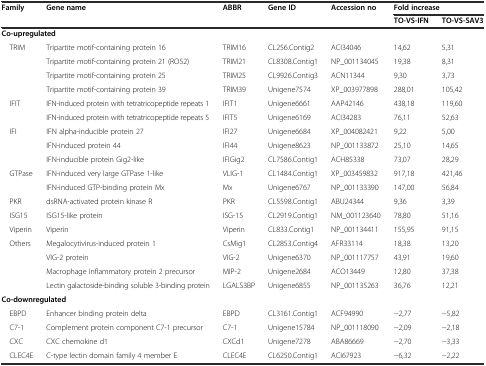
<table><thead><tr><td rowspan="2"><b>Family</b></td><td rowspan="2"><b>Gene name</b></td><td rowspan="2"><b>ABBR</b></td><td rowspan="2"><b>Gene ID</b></td><td rowspan="2"><b>Accession no</b></td><td colspan="2"><b>Fold increase</b></td></tr><tr><td><b>TO-VS-IFN</b></td><td><b>TO-VS-SAV3</b></td></tr></thead><tbody><tr><td colspan="2"><b>Co-upregulated</b></td><td></td><td></td><td></td><td></td><td></td></tr><tr><td> TRIM</td><td>Tripartite motif-containing protein 16</td><td>TRIM16</td><td>CL256.Contig2</td><td>ACI34046</td><td>14,62</td><td>5,31</td></tr><tr><td></td><td>Tripartite motif-containing protein 21 (RO52)</td><td>TRIM21</td><td>CL8308.Contig1</td><td>NP_001134045</td><td>19,38</td><td>8,31</td></tr><tr><td></td><td>Tripartite motif-containing protein 25</td><td>TRIM25</td><td>CL9926.Contig3</td><td>ACN11344</td><td>9,30</td><td>3,73</td></tr><tr><td></td><td>Tripartite motif-containing protein 39</td><td>TRIM39</td><td>Unigene7574</td><td>XP_003977898</td><td>288,01</td><td>105,42</td></tr><tr><td> IFIT</td><td>IFN-induced protein with tetratricopeptide repeats 1</td><td>IFIT1</td><td>Unigene6661</td><td>AAP42146</td><td>438,18</td><td>119,60</td></tr><tr><td></td><td>IFN-induced protein with tetratricopeptide repeats 5</td><td>IFIT5</td><td>Unigene6169</td><td>ACI34283</td><td>76,11</td><td>52,63</td></tr><tr><td> IFI</td><td>IFN alpha-inducible protein 27</td><td>IFI27</td><td>Unigene6684</td><td>XP_004082421</td><td>9,22</td><td>5,00</td></tr><tr><td></td><td>IFN-induced protein 44</td><td>IFI44</td><td>Unigene8623</td><td>NP_001133872</td><td>25,10</td><td>14,65</td></tr><tr><td></td><td>IFN-inducible protein Gig2-like</td><td>IFIGig2</td><td>CL7586.Contig1</td><td>ACH85338</td><td>73,07</td><td>28,29</td></tr><tr><td> GTPase</td><td>IFN-induced very large GTPase 1-like</td><td>VLIG-1</td><td>CL1484.Contig1</td><td>XP_003459832</td><td>917,18</td><td>421,46</td></tr><tr><td></td><td>IFN-induced GTP-binding protein Mx</td><td>Mx</td><td>Unigene6767</td><td>NP_001133390</td><td>147,00</td><td>56,84</td></tr><tr><td> PKR</td><td>dsRNA-activated protein kinase R</td><td>PKR</td><td>CL5598.Contig1</td><td>ABU24344</td><td>9,36</td><td>3,39</td></tr><tr><td> ISG15</td><td>ISG15-like protein</td><td>ISG-15</td><td>CL2919.Contig1</td><td>NM_001123640</td><td>78,80</td><td>51,16</td></tr><tr><td> Viperin</td><td>Viperin</td><td>Viperin</td><td>CL833.Contig1</td><td>NP_001134411</td><td>155,95</td><td>91,15</td></tr><tr><td> Others</td><td>Megalocytivirus-induced protein 1</td><td>CsMig1</td><td>CL2853.Contig4</td><td>AFR33114</td><td>18,38</td><td>13,20</td></tr><tr><td></td><td>VIG-2 protein</td><td>VIG-2</td><td>Unigene6370</td><td>NP_001117757</td><td>43,91</td><td>19,60</td></tr><tr><td></td><td>Macrophage inflammatory protein 2 precursor</td><td>MIP-2</td><td>Unigene2684</td><td>ACO13449</td><td>12,80</td><td>37,38</td></tr><tr><td></td><td>Lectin galactoside-binding soluble 3-binding protein</td><td>LGALS3BP</td><td>Unigene6855</td><td>NP_001135263</td><td>36,76</td><td>12,21</td></tr><tr><td colspan="2"><b>Co-downregulated</b></td><td></td><td></td><td></td><td></td><td></td></tr><tr><td> EBPD</td><td>Enhancer binding protein delta</td><td>EBPD</td><td>CL3161.Contig1</td><td>ACF94990</td><td>−2,77</td><td>−5,82</td></tr><tr><td> C7-1</td><td>Complement protein component C7-1 precursor</td><td>C7-1</td><td>Unigene15784</td><td>NP_001118090</td><td>−2,09</td><td>−2,18</td></tr><tr><td> CXC</td><td>CXC chemokine d1</td><td>CXCd1</td><td>Unigene7278</td><td>ABA86669</td><td>−2,70</td><td>−3,33</td></tr><tr><td> CLEC4E</td><td>C-type lectin domain family 4 member E</td><td>CLEC4E</td><td>CL6250.Contig1</td><td>ACI67923</td><td>−6,32</td><td>−2,22</td></tr></tbody></table>